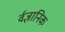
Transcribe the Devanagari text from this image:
र्वज्ञानिक